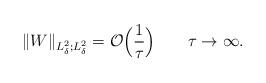
LaTeX: \begin{align*}\|W\|_{L^2_{\delta} ; L^2_{\delta}} = \mathcal O\Big(\frac{1}{\tau}\Big)\quad\quad\tau \to \infty.\end{align*}